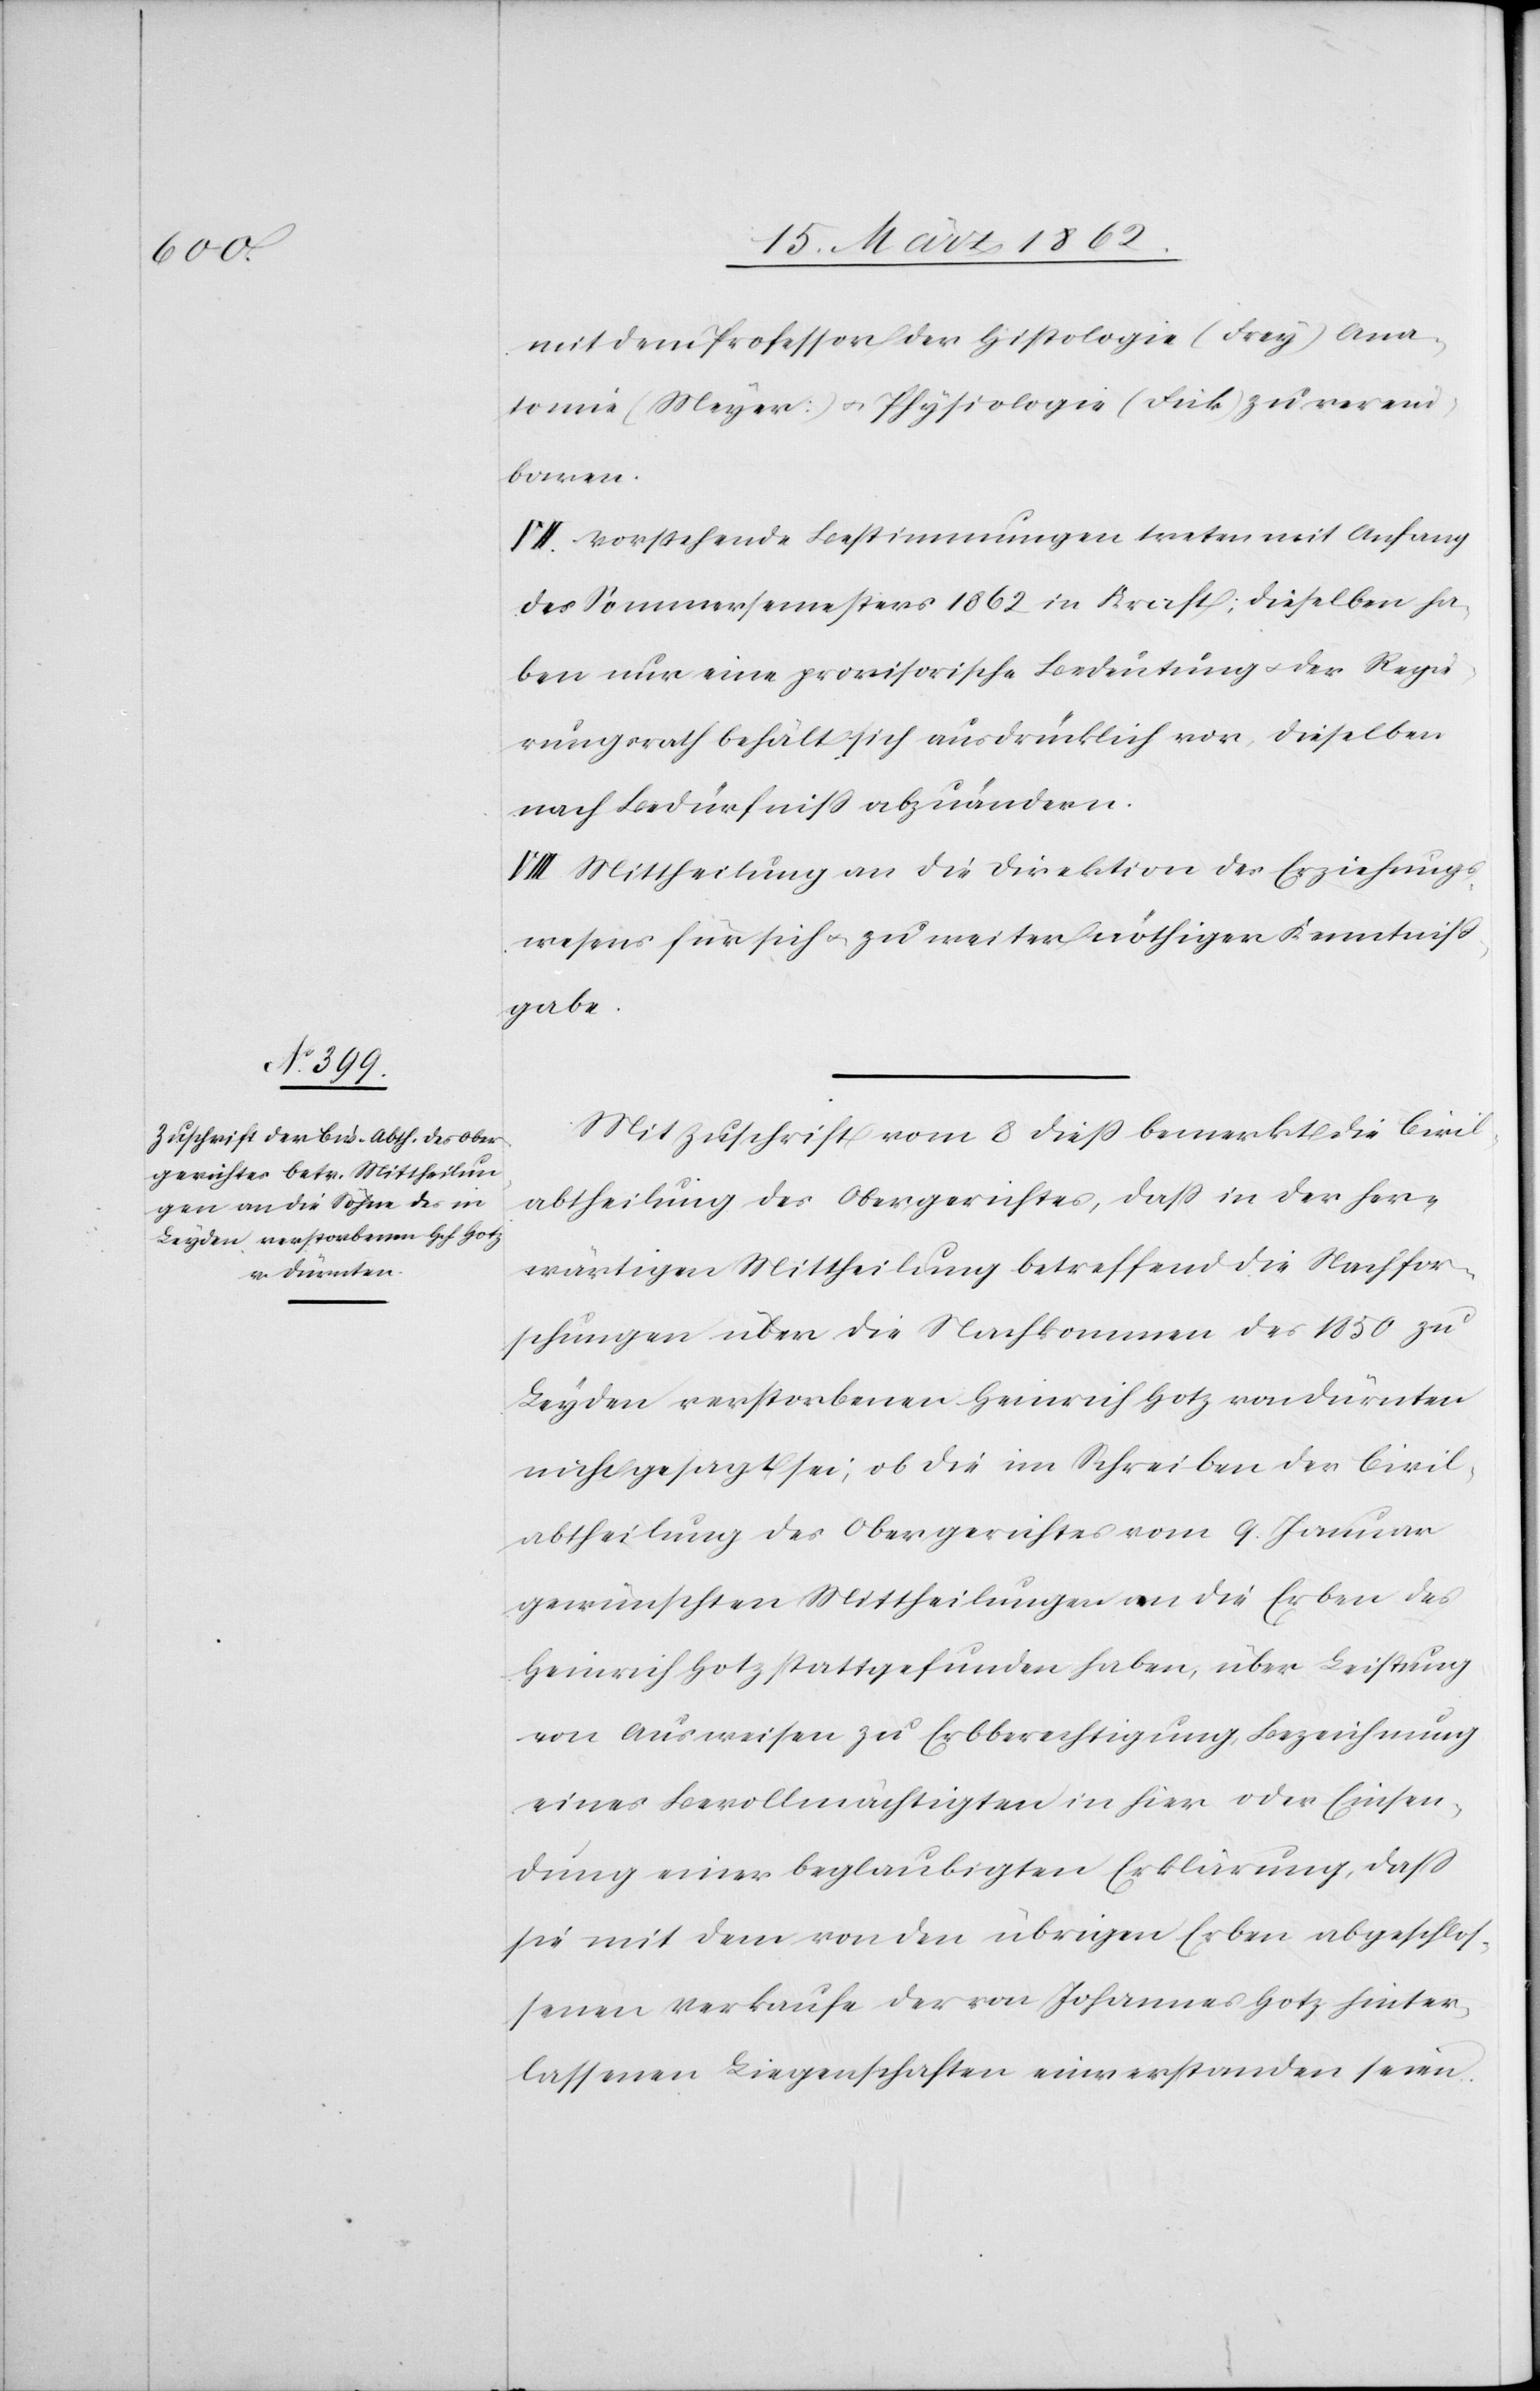
mit dem Professor der Histologie (Frey [sic!]) Ana¬
tomie (Meyer) u. Physiologie (Fick) zu verein¬
baren.
VII. Vorstehende Bestimmungen treten mit Anfang
des Sommersemesters 1862 in Kraft; dieselben ha¬
ben nur eine provisorische Bedeutung u. der Regie¬
rungsrath behält sich ausdrücklich vor, dieselben
nach Bedürfniß abzuändern.
VIII. Mittheilung an die Direktion des Erziehungs¬
wesens für sich u. zu weiter nöthiger Kenntniß¬
gabe.
Mit Zuschrift vom 8 dieß bemerkt die Civil¬
abtheilung des Obergerichtes, daß in der her¬
wärtigen Mittheilung betreffend die Nachfor¬
schungen über die Nachkommen des 1850 zu
Leyden verstorbenen Heinrich Hotz von Dürnten
nicht gesagt sei, ob die im Schreiben der Civil¬
abtheilung des Obergerichtes vom 9. Januar
gewünschten Mittheilungen an die Erben des
Heinrich Hotz stattgefunden haben, über Leistung
von Ausweisen zur Erbberechtigung, Bezeichnung
eines Bevollmächtigten in hier oder Einsen¬
dung einer beglaubigten Erklärung, daß
sie mit dem von den übrigen Erben abgeschlos¬
senen Verkaufe der von Johannes Hotz hinter¬
lassenen Liegenschaften einverstanden seien.